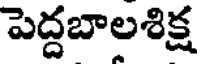
పెద్దబాలశిక్ష